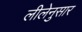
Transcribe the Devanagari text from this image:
लीलेनुसार